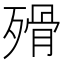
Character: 𣨺